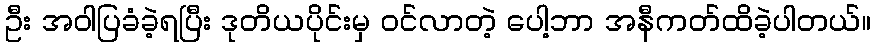
ဦး အဝါပြခံခဲ့ရပြီး ဒုတိယပိုင်းမှ ဝင်လာတဲ့ ပေါ့ဘာ အနီကတ်ထိခဲ့ပါတယ်။